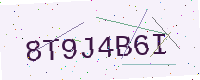
Text: 8T9J4B6I